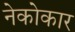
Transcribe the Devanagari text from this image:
नेकोकार